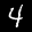
Label: 4